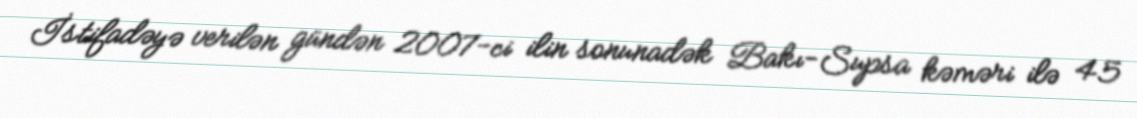
İstifadəyə verilən gündən 2007-ci ilin sonunadək Bakı-Supsa kəməri ilə 45